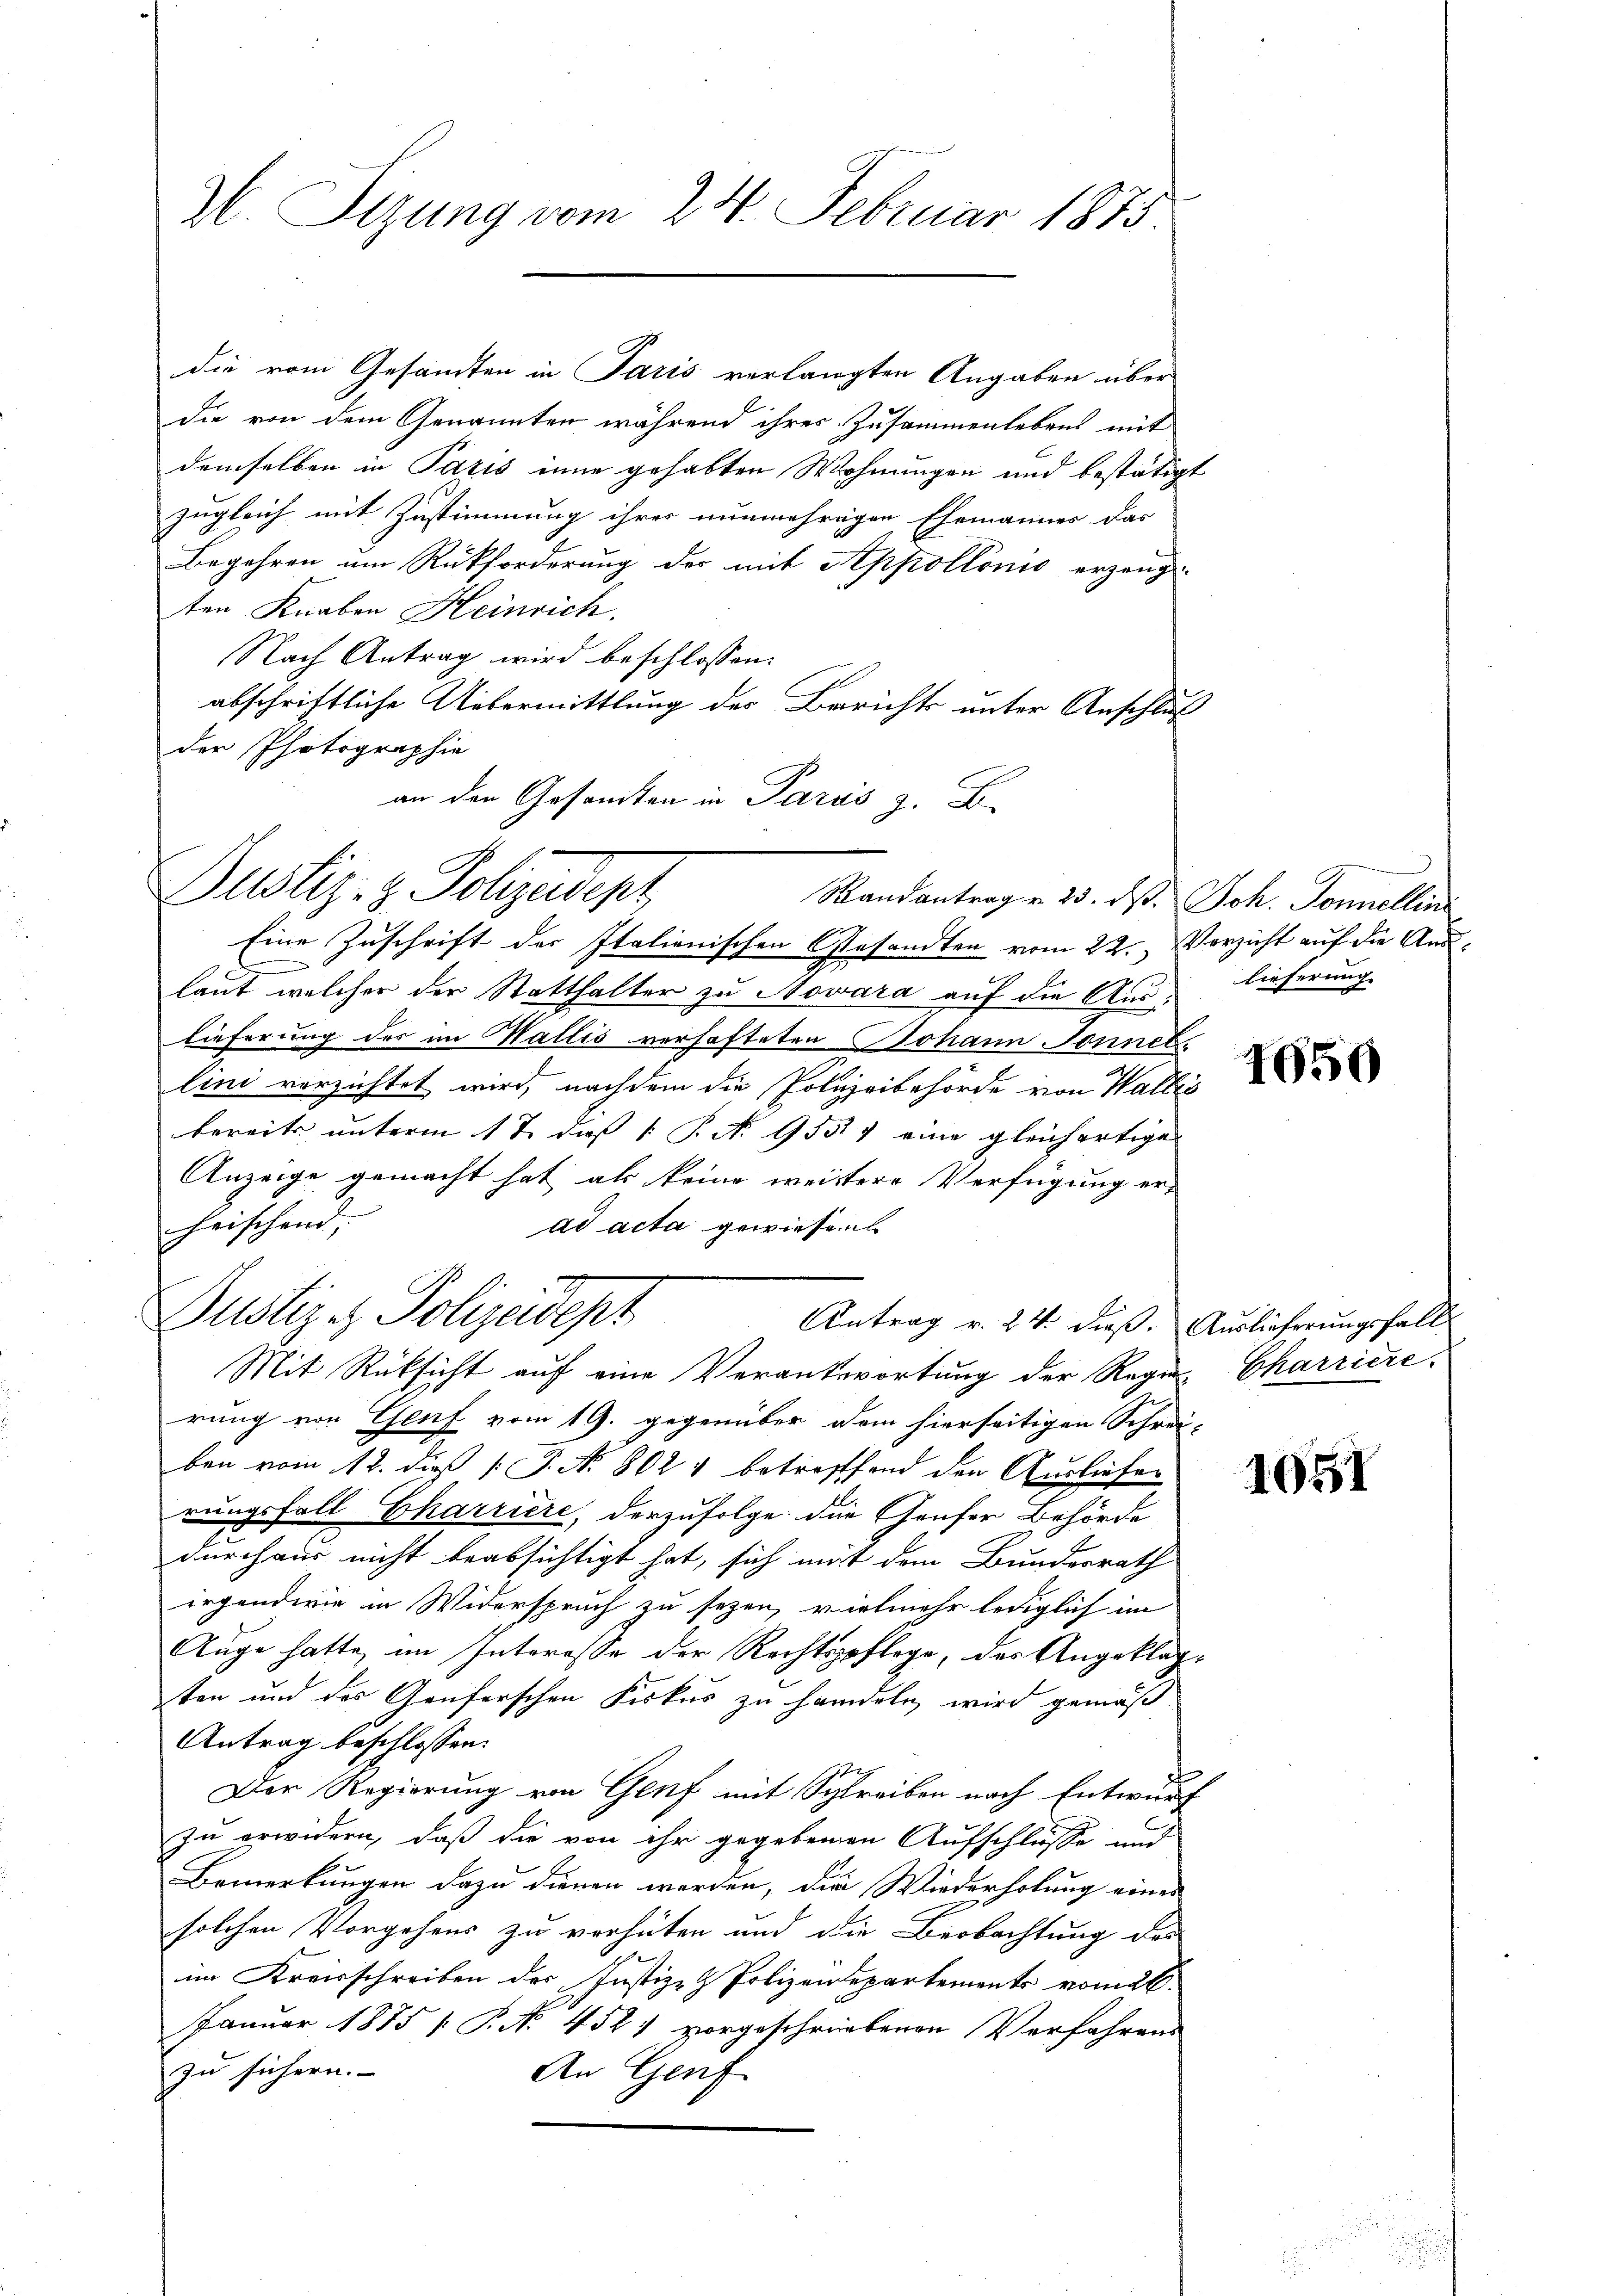
26. Sizung vom 24. Februar 1875.

die vom Gesamten in Paris verlangten Angaben über
die von dem Genannten während ihres Zusammenlebens mit
demselben in Paris inne gehabten Wohnungen und bestätigt
zugleich mit Zustimmung ihres nunmehrigen Ehemänner das
Begehren um Rückforderung des mit Appollonis erzeug-
ten Knaben Heinrich.
Nach Antrag wird beschlossen:
abschriftliche Uebermittlung des Berichts unter Anschluß
der Photographie
an den Gesamten in Paris z. B.
Eine Zuschrift der Italienischen Gesandten vom 22. Verzicht auf die Auslaut welcher der Statthalter zu Novara auf die Auslieferung des im Wallis verhafteten Johann Sonnellini verzichtet wird, nachdem die Polizeibehörde von Walles
bereits unterm 17. das 1 S. N. 953 eine gleichartige
Anzeige gemacht hat als keine weitere Verfügung er-
heischend,
ad acta gewiesen
Justiz - Polizeidept
Antrag v. 24. dieß. Auslieferungsfall
Mit Rücksicht auf eine Verantwortung der Regen Charriere
rung von Genf vom 19. gegenüber dem hierseitigen Schrei-
ben vom 12. dieß J. No. 802 1 betreffend den Ausliefer
rungsfall Charriere, derzufolge die Genfer Behörde
durchaus nicht beabsichtigt hat, sich mit dem Bundesrath
irgendwie in Widerspruch zu sezen, vielmehr lediglich im
Auge hatte im Interesse der Rechtspflege, des Angeklagten und des Genferschen Fiskus zu handeln, wird gemäß
Antrag beschlossen:
Der Regierung von Genf mit Schreiben nach Entwurf
zu erwidern, daß die von ihr gegebenen Aufschlüsse und
Bemerkungen dazu dienen werden, die Wiederholung eines
solchen Vorgehens zu verhüten und die Beobachtung des
im Kreisschreiben der Justiz- & Polizendepartements vom 26.
Januar 1875  P. No. 452) vorgeschriebenen Verfahrens
zu sichern.
An Genf

Dustiz- & Polizeidepr

Randantrag v. 23. ds. Joh. Sonnellin

lieferung.

1950

1051